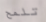
تلمح